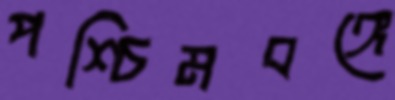
পশ্চিমবঙ্গে